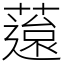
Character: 䕂